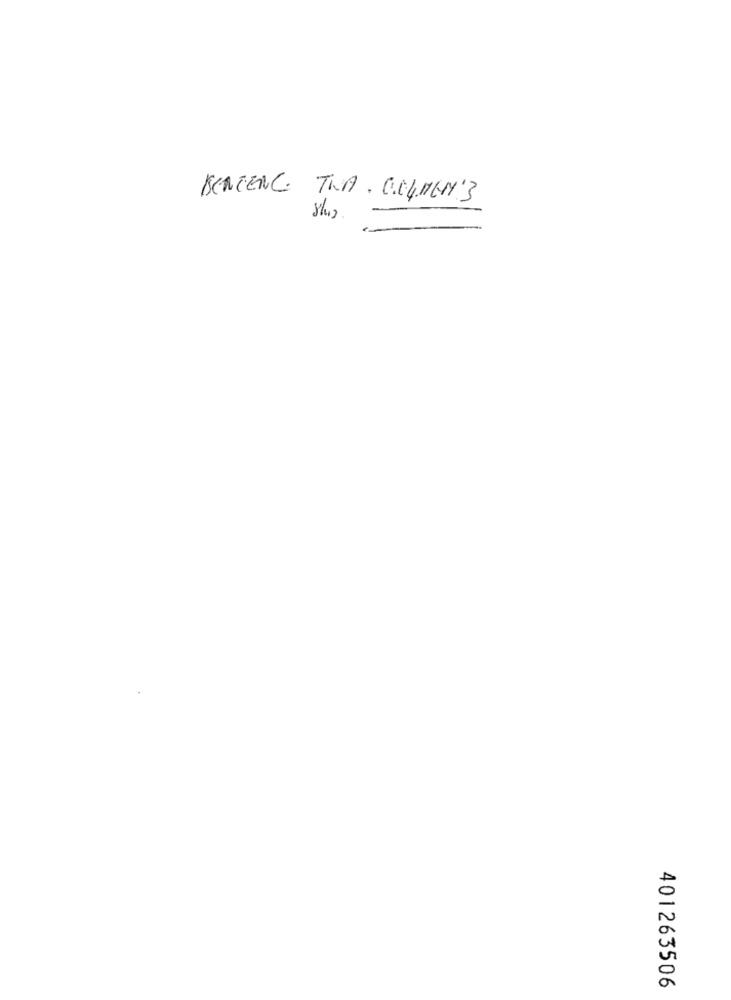
BENTENC TWA. C.C.MEN'3
401263506